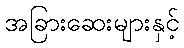
အခြားဆေးများနှင့်